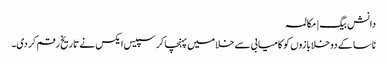
دانش بیگ | مکالمہ
ناسا کے دو خلابازوں کو کامیابی سے خلا میں پہنچا کر سپیس ایکس نے تاریخ رقم کر دی۔